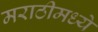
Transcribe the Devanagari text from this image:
मराठीमध्‍ये